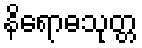
နိရောဓသုတ္တ